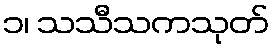
၁၊ သသီသကသုတ်